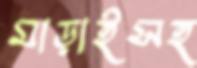
মাড়াইসহ